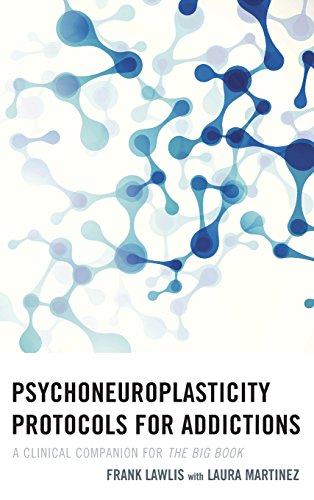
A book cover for Psychoneuroplasticity Protocols for Addictions: A Clinical Companion for The Big Book; Frank Lawlis; Medical Books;